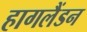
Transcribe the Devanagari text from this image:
हागलैंडन